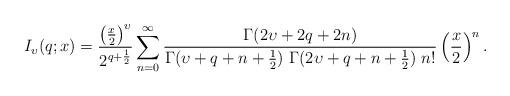
LaTeX: \begin{align*}I_{\upsilon }(q;x)=\frac{\left( \frac{x}{2}\right) ^{\upsilon }}{2^{q+\frac{1}{2}}}\sum_{n=0}^{\infty }\frac{\Gamma (2\upsilon +2q+2n)}{\Gamma (\upsilon+q+n+\frac{1}{2})\ \Gamma (2\upsilon +q+n+\frac{1}{2})\ n!}\left( \frac{x}{2}\right) ^{n}. \end{align*}